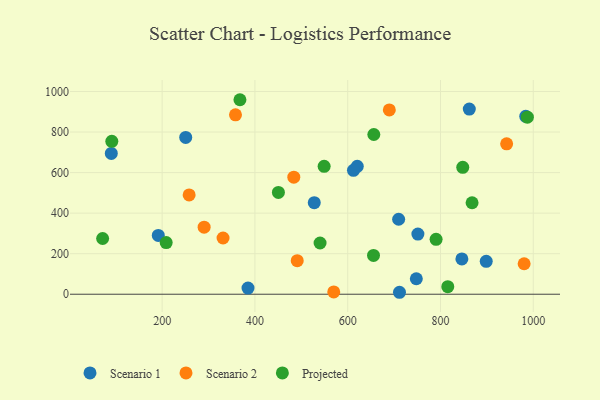
{"axis": {"x": "Ad Spend", "y": "Rating"}, "legend": ["Projected", "Scenario 1", "Scenario 2"], "data": [{"x": "862.1", "y": 913.4, "type": "Scenario 1"}, {"x": "620.6", "y": 630.8, "type": "Scenario 1"}, {"x": "983.8", "y": 877.7, "type": "Scenario 1"}, {"x": "385.1", "y": 30.1, "type": "Scenario 1"}, {"x": "846.1", "y": 173.9, "type": "Scenario 1"}, {"x": "191.7", "y": 290.0, "type": "Scenario 1"}, {"x": "250.8", "y": 773.3, "type": "Scenario 1"}, {"x": "711.6", "y": 9.6, "type": "Scenario 1"}, {"x": "527.9", "y": 451.5, "type": "Scenario 1"}, {"x": "612.4", "y": 611.2, "type": "Scenario 1"}, {"x": "90.4", "y": 694.4, "type": "Scenario 1"}, {"x": "898.6", "y": 162.2, "type": "Scenario 1"}, {"x": "747.9", "y": 76.4, "type": "Scenario 1"}, {"x": "751.3", "y": 296.5, "type": "Scenario 1"}, {"x": "709.8", "y": 369.9, "type": "Scenario 1"}, {"x": "331.3", "y": 277.3, "type": "Scenario 2"}, {"x": "569.9", "y": 11.3, "type": "Scenario 2"}, {"x": "358.1", "y": 885.2, "type": "Scenario 2"}, {"x": "491.2", "y": 165.3, "type": "Scenario 2"}, {"x": "290.5", "y": 330.9, "type": "Scenario 2"}, {"x": "258.2", "y": 489.7, "type": "Scenario 2"}, {"x": "980.3", "y": 150.4, "type": "Scenario 2"}, {"x": "689.7", "y": 909.4, "type": "Scenario 2"}, {"x": "483.8", "y": 577.3, "type": "Scenario 2"}, {"x": "942.6", "y": 741.9, "type": "Scenario 2"}, {"x": "655.6", "y": 191.6, "type": "Projected"}, {"x": "848.0", "y": 626.2, "type": "Projected"}, {"x": "208.7", "y": 254.6, "type": "Projected"}, {"x": "987.3", "y": 873.3, "type": "Projected"}, {"x": "450.6", "y": 502.2, "type": "Projected"}, {"x": "549.2", "y": 630.8, "type": "Projected"}, {"x": "868.1", "y": 451.3, "type": "Projected"}, {"x": "91.5", "y": 754.5, "type": "Projected"}, {"x": "790.5", "y": 270.9, "type": "Projected"}, {"x": "367.7", "y": 959.5, "type": "Projected"}, {"x": "71.7", "y": 275.0, "type": "Projected"}, {"x": "815.7", "y": 37.0, "type": "Projected"}, {"x": "540.4", "y": 252.7, "type": "Projected"}, {"x": "656.3", "y": 787.9, "type": "Projected"}]}